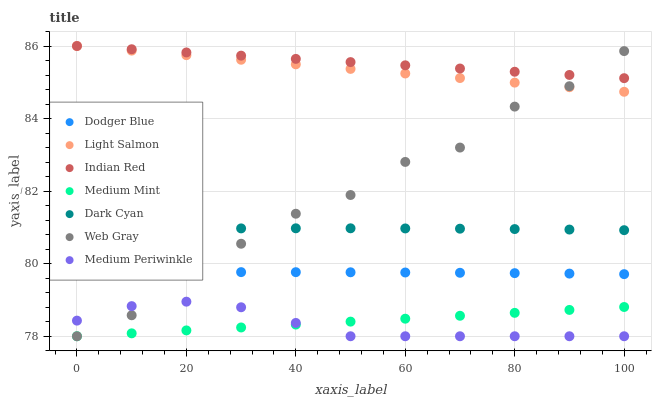
| xaxis_label | Dodger Blue | Light Salmon | Indian Red | Medium Mint | Dark Cyan | Web Gray | Medium Periwinkle |
 | --- | --- | --- | --- | --- | --- | --- | --- |
 | 0 | 79.8 | 86 | 86 | 78 | 80.9 | 78 | 78.4 |
 | 10 | 79.8 | 85.9 | 85.9 | 78.1 | 81 | 78.6 | 78.8 |
 | 20 | 79.8 | 85.7 | 85.8 | 78.2 | 81 | 79.9 | 79 |
 | 30 | 79.8 | 85.6 | 85.7 | 78.2 | 81 | 80.5 | 78.8 |
 | 40 | 79.8 | 85.5 | 85.6 | 78.3 | 81 | 81.4 | 78.4 |
 | 50 | 79.8 | 85.4 | 85.6 | 78.4 | 81 | 81.9 | 78 |
 | 60 | 79.8 | 85.2 | 85.5 | 78.5 | 81 | 82.8 | 78 |
 | 70 | 79.7 | 85.1 | 85.4 | 78.6 | 81 | 83.2 | 78 |
 | 80 | 79.7 | 85 | 85.3 | 78.6 | 81 | 84.3 | 78 |
 | 90 | 79.7 | 84.9 | 85.2 | 78.7 | 80.9 | 84.9 | 78 |
 | 100 | 79.7 | 84.7 | 85.1 | 78.8 | 80.9 | 85.9 | 78 |